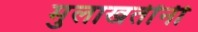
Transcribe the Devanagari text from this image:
मुलाखतींनी